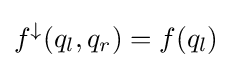
f^{\downarrow }(q_{l},q_{r})=f(q_{l})